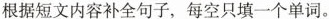
根据短文内容补全句子,每空只填一个单词。